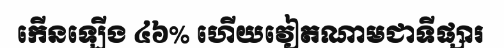
កើនឡើង ៤៦% ហើយវៀតណាមជាទីផ្សារ